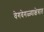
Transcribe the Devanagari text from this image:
वेगवेगळ्याक्षेत्रात